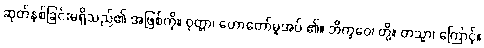
ဆုတ်နစ်ခြင်းမရှိသည်၏ အဖြစ်ကို။ ဝုတ္တာ၊ ဟောတော်မူအပ် ၏။ ဘိက္ခဝေ၊ တို့။ တသ္မာ၊ ကြောင့်။